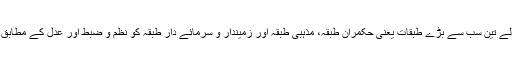
اسلام نے انسانی تاریخ میں ظلم اور استحصال کرنے والے تین سب سے بڑے طبقات یعنی حکمران طبقہ، مذہبی طبقہ اور زمیندار و سرمائے دار طبقہ کو نظم و ضبط اور عدل کے مطابق ذمہ داریاں ادا کرنے کا حکم دیا اور قوانین کا پابند کیا۔